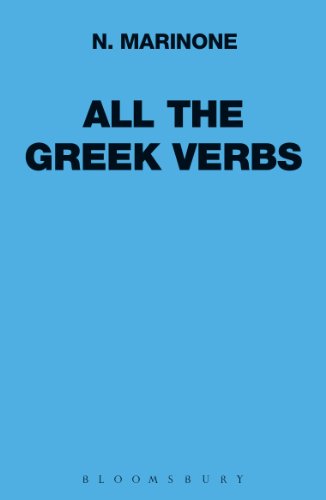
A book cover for All the Greek Verbs (Greek Language); N. Marinone; Literature & Fiction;